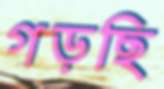
গড়ছি